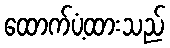
ထောက်ပံ့ထားသည်